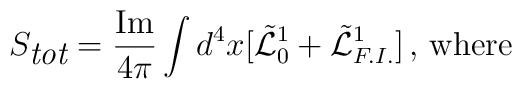
S_{\mbox{\em tot}} = \frac{\mbox{Im}}{4\pi}\int d^4x  [\tilde{{\cal L}}^1_0+\tilde{{\cal L}}^1_{F.I.}]\, , \, \mbox{where}